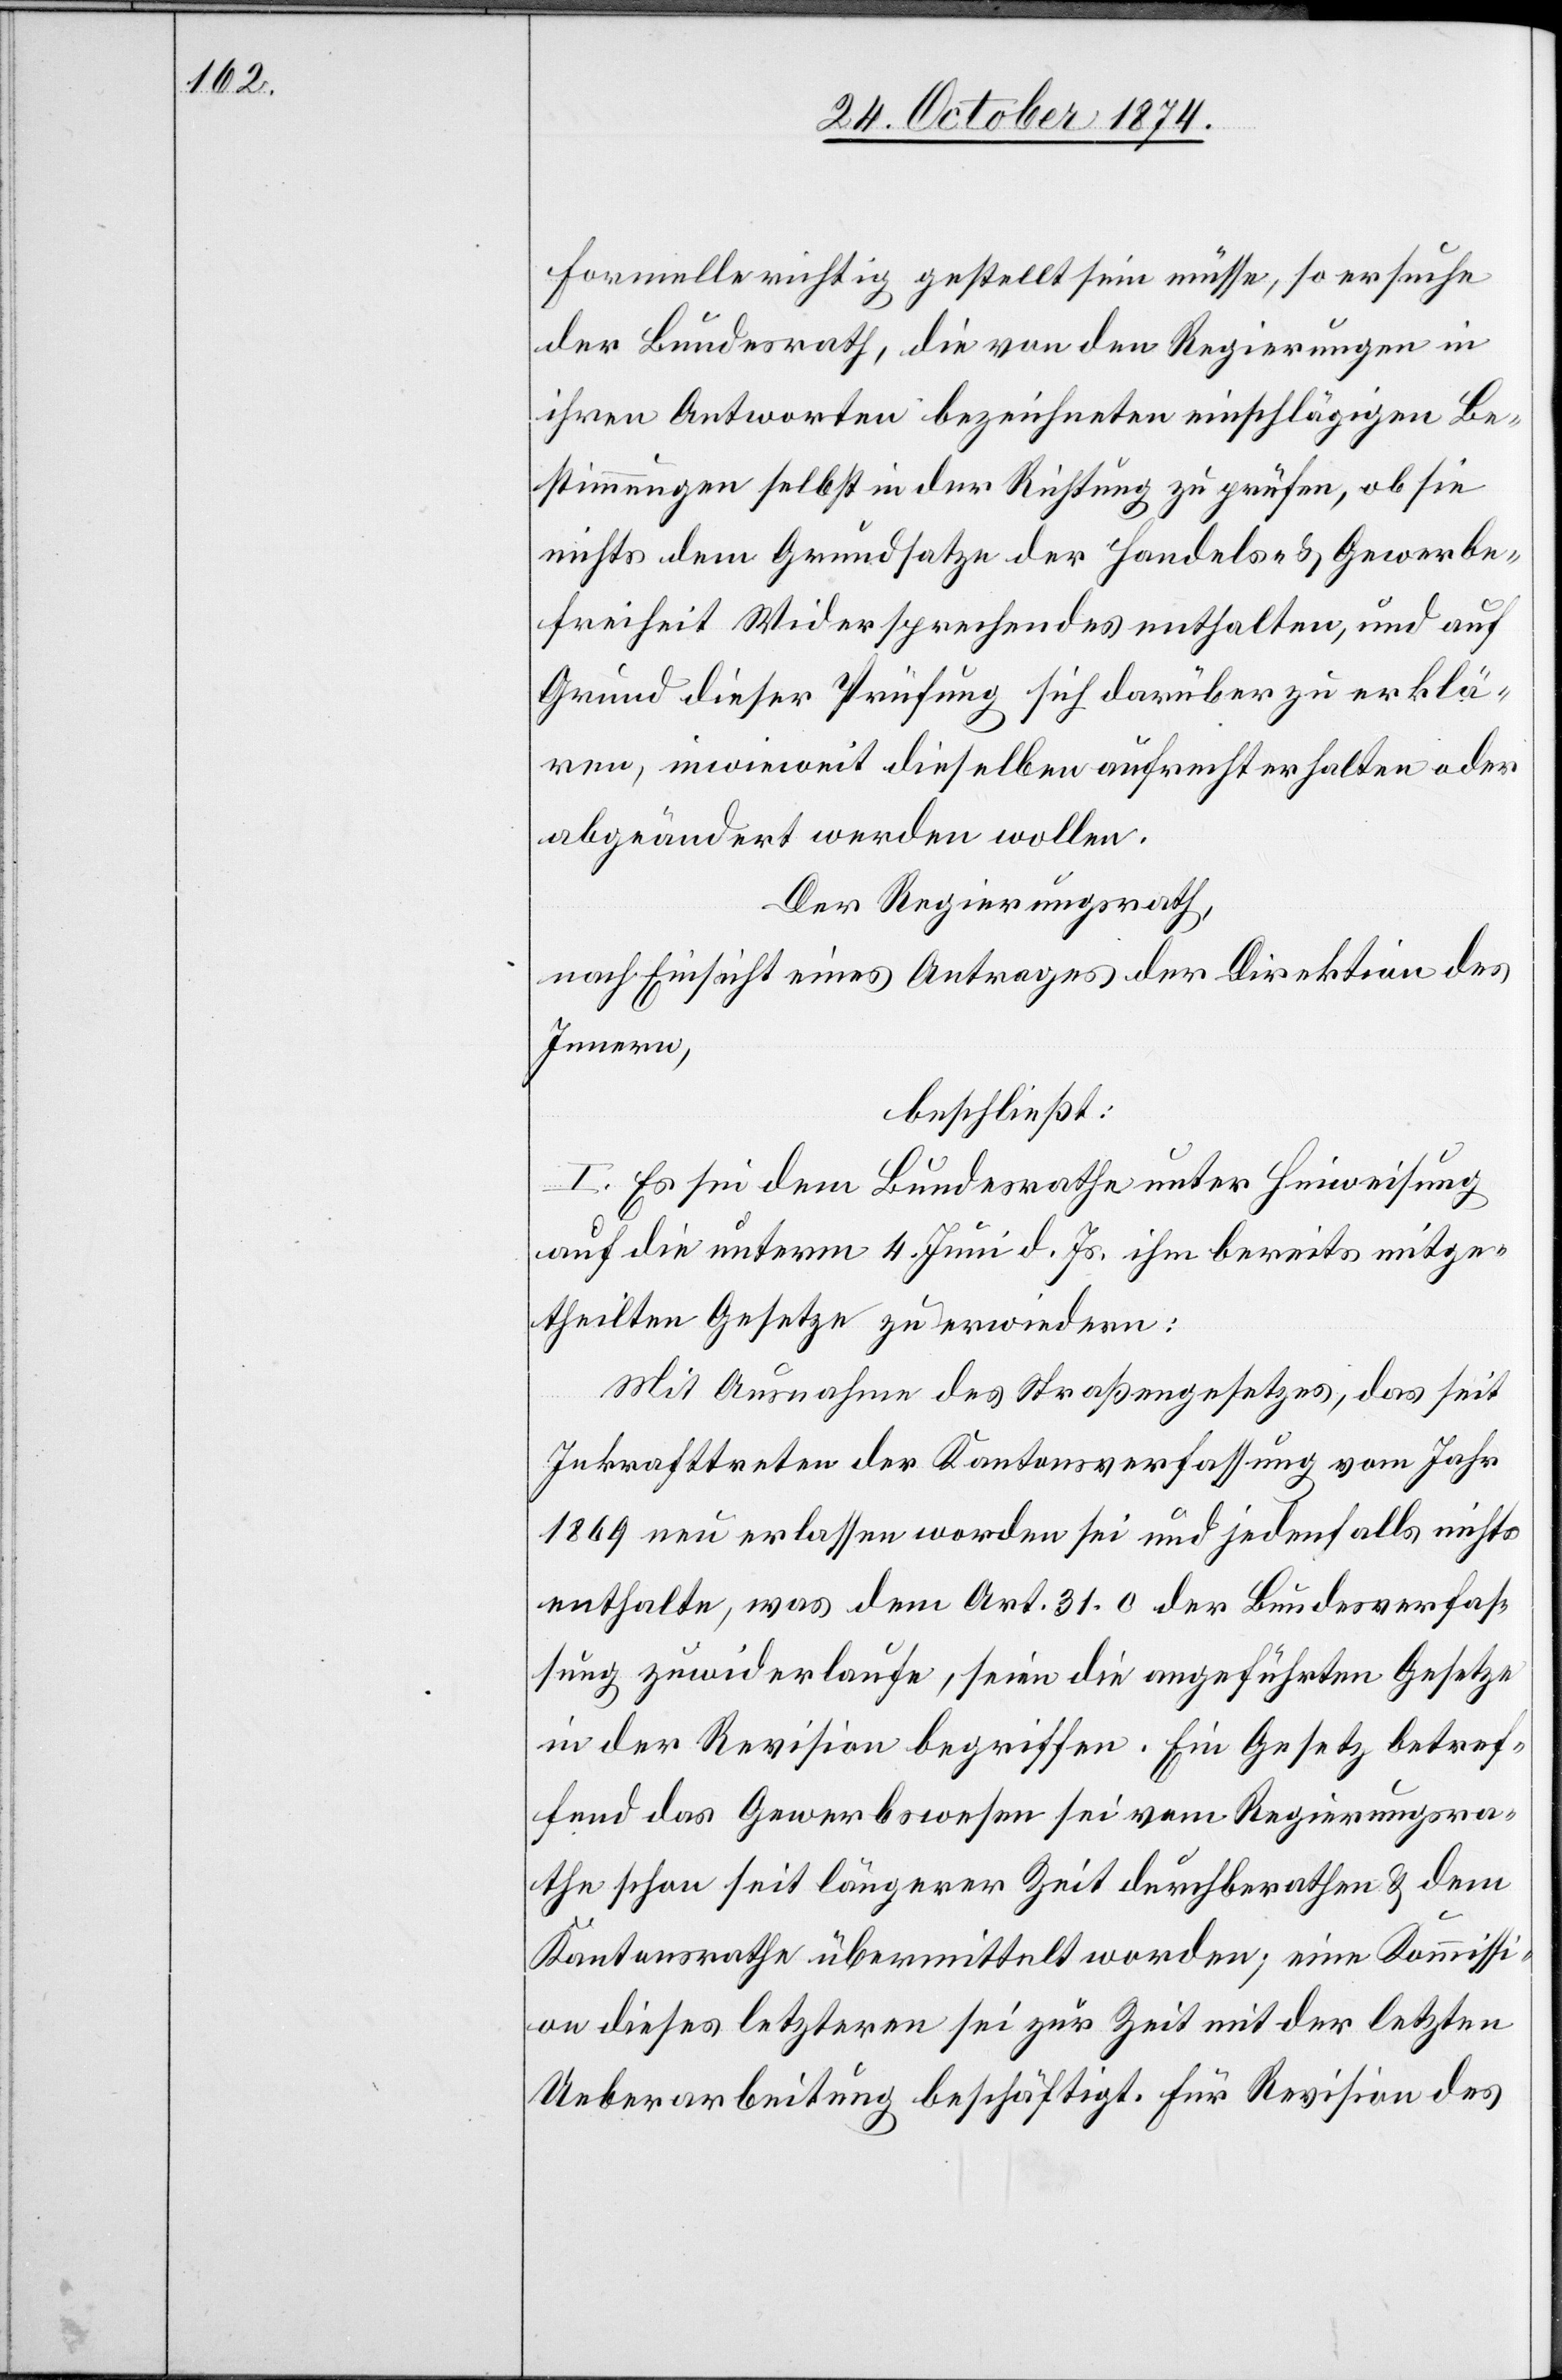
Formelle richtig gestellt sein müsse, so ersuche
der Bundesrath, die von den Regierungen in
ihren Antworten bezeichneten einschlägigen Be¬
stimmungen selbst in der Richtung zu prüfen, ob sie
nichts dem Grundsatze der Handels- & Gewerbe¬
freiheit Widersprechendes enthalten, und auf
Grund dieser Prüfung sich darüber zu erklä¬
ren, inwieweit dieselben aufrechterhalten oder
abgeändert werden wollen.
Der Regierungsrath,
nach Einsicht eines Antrages der Direktion des
Innern,
beschließt:
I. Es sei dem Bundesrathe unter Hinweisung
auf die unterm 4. Juni d. Js. ihm bereits mitge¬
theilten Gesetze zu erwiedern:
Mit Ausnahme des Straßengesetzes, das seit
Inkrafttreten der Kantonsverfassung vom Jahr
1869 neu erlassen worden sei und jedenfalls nichts
enthalte, was dem Art. 31 c der Bundesverfas¬
sung zuwiderlaufe, seien die angeführten Gesetze
in der Revision begriffen. Ein Gesetz betref¬
fend das Gewerbswesen sei vom Regierungsra¬
the schon seit längerer Zeit durchberathen & dem
Kantonsrathe übermittelt worden; eine Kommissi¬
on dieses letztern sei zur Zeit mit der letzten
Ueberarbeitung beschäftigt. Für Revision des